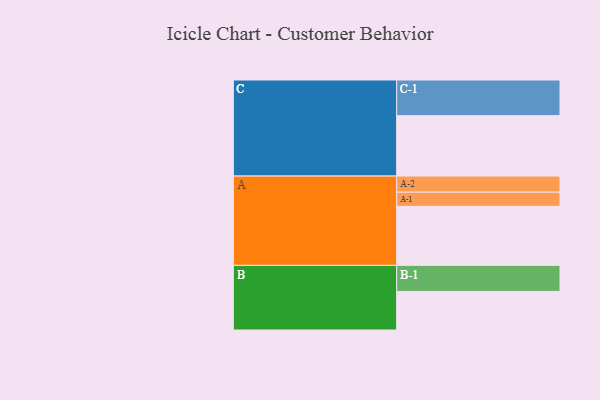
{"axis": {"x": "Segment", "y": "Value"}, "legend": ["", "A", "B", "C"], "data": [{"x": "A", "y": 462, "type": ""}, {"x": "B", "y": 302, "type": ""}, {"x": "C", "y": 473, "type": ""}, {"x": "A-1", "y": 111, "type": "A"}, {"x": "A-2", "y": 126, "type": "A"}, {"x": "B-1", "y": 204, "type": "B"}, {"x": "C-1", "y": 279, "type": "C"}]}